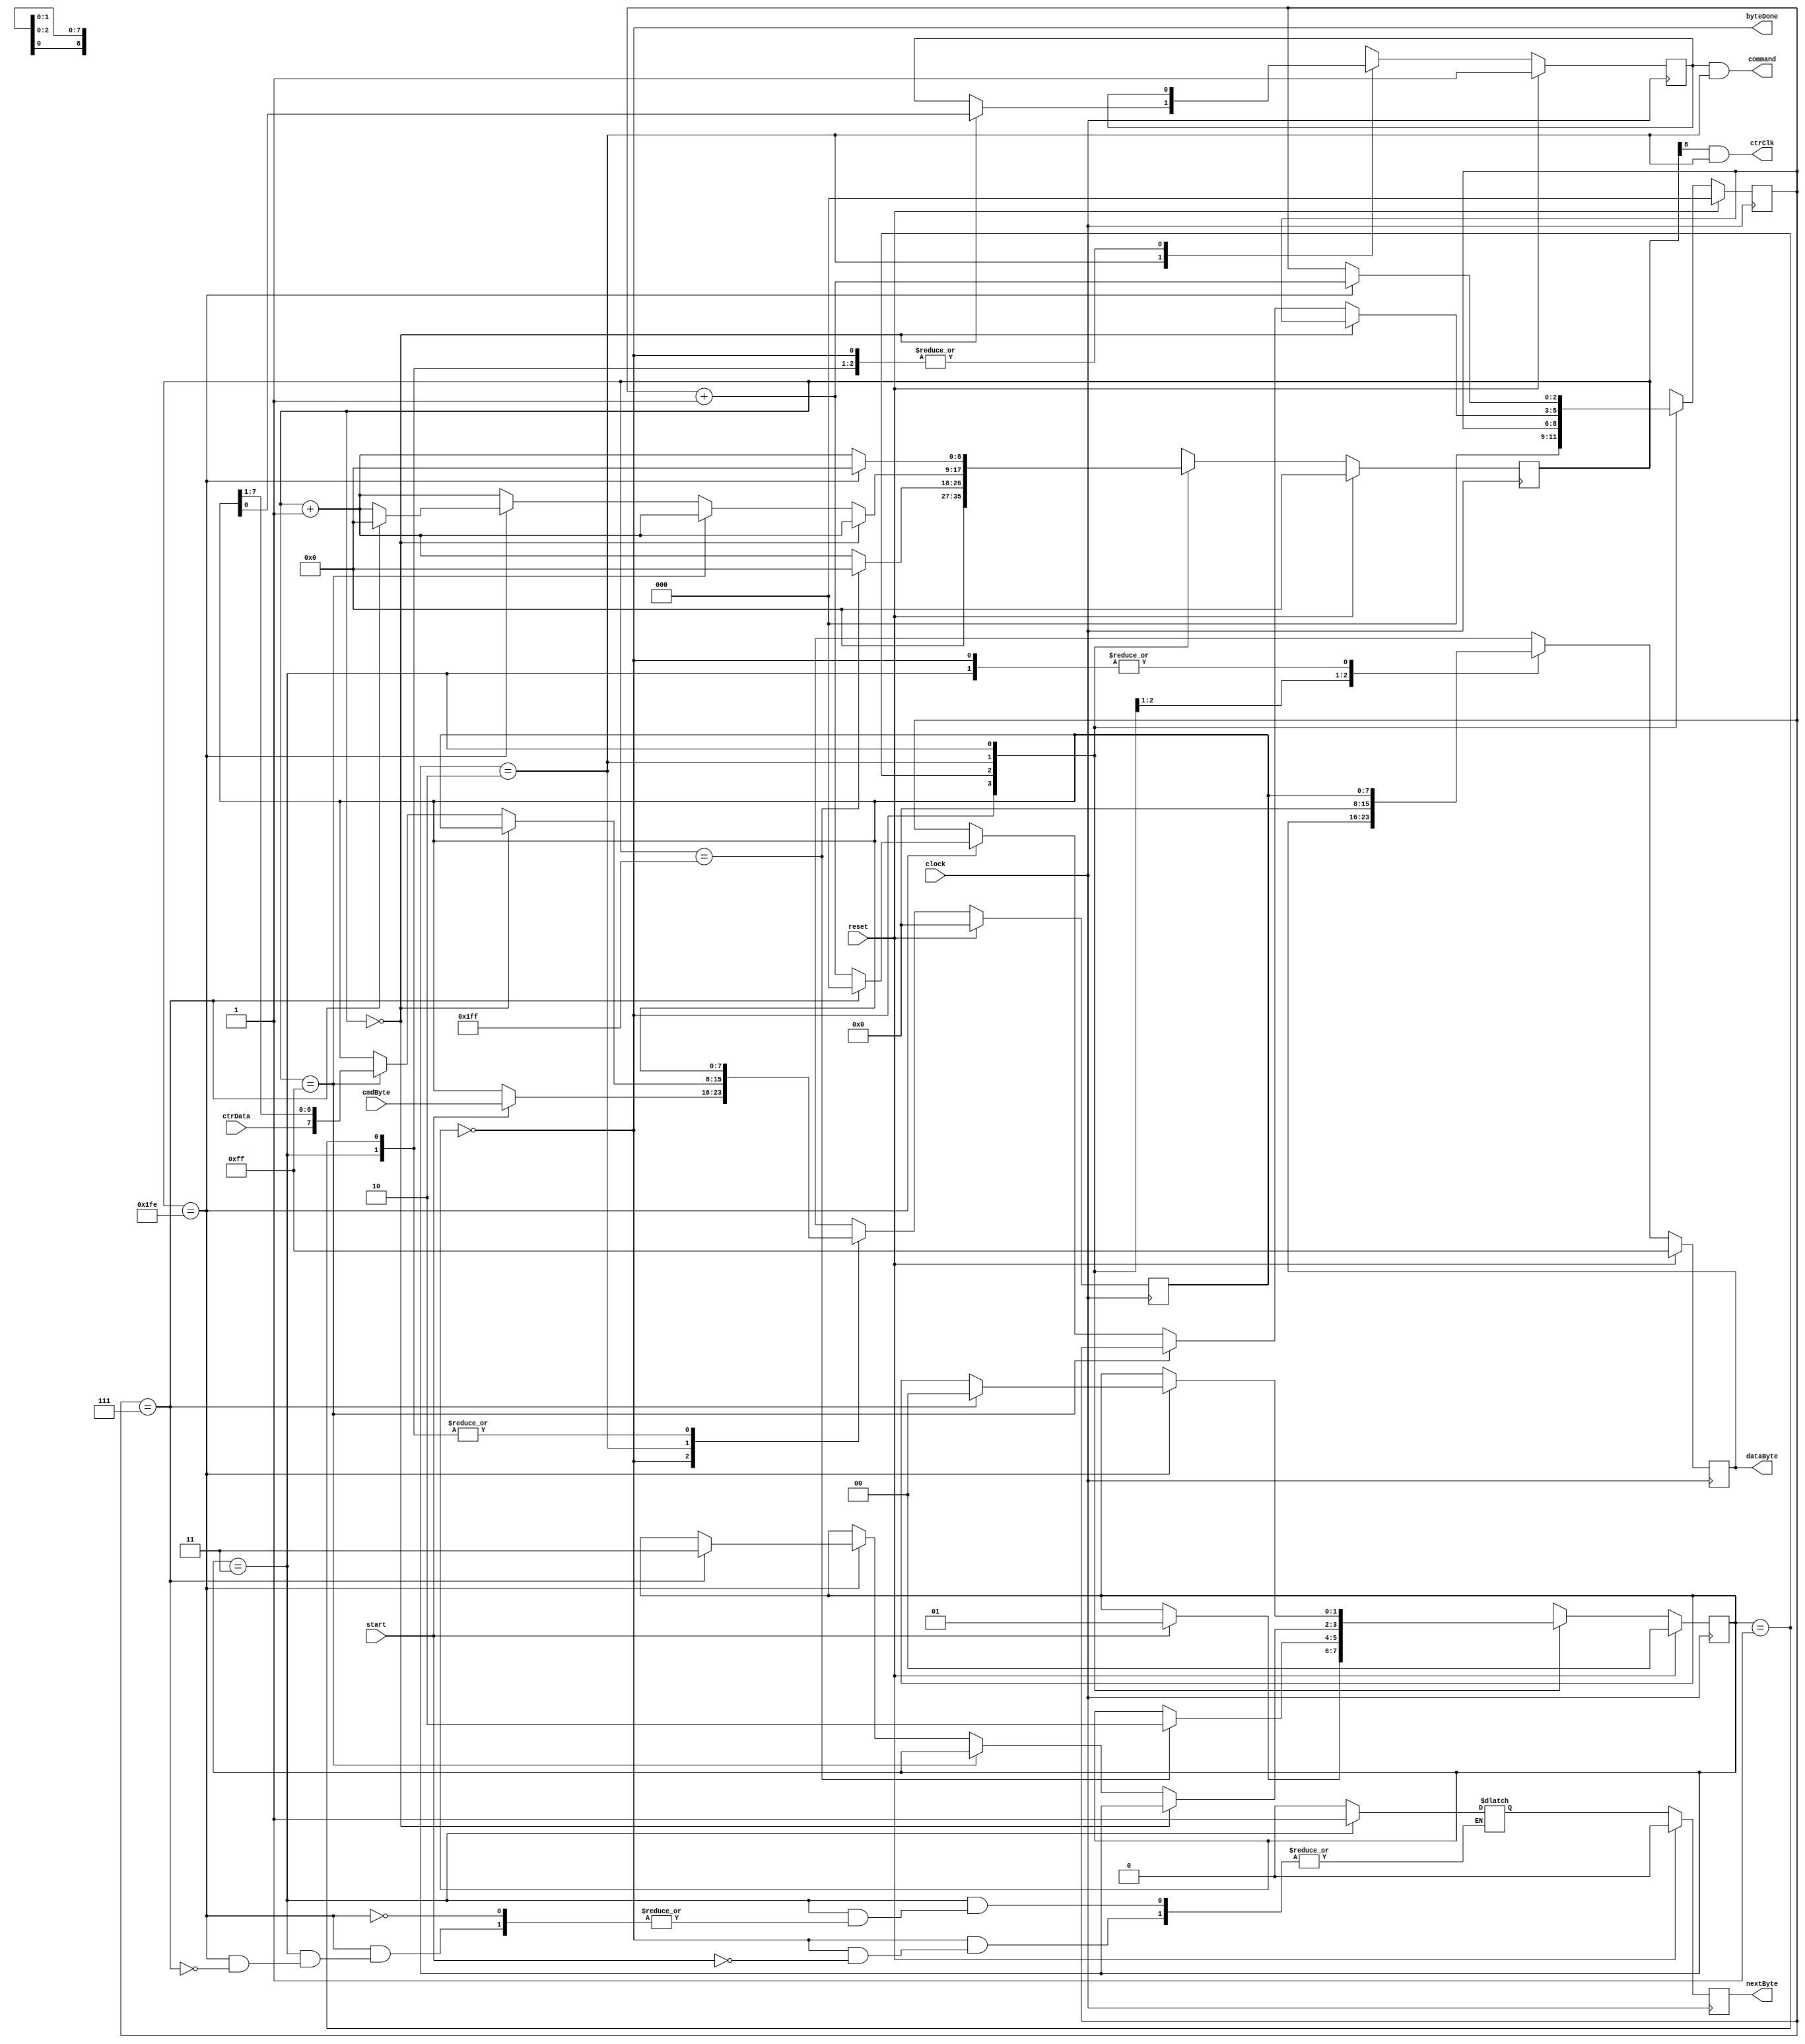
`timescale 1ns / 1ps

module ps2 #(parameter CLK_DIV = 9)(
	input  wire clock,          // input clock
	input  wire reset,          // reset of this state machine
	input  wire ctrData,        // wire from controller data
	output wire command,        // wire to controller cmd
	output wire ctrClk,         // wire to controller clock
	input  wire start,          // start signal
	input  wire [7:0] cmdByte,  // byte to output to controller cmd
	output wire [7:0] dataByte, // byte inputted through controller clock
	output wire byteDone,       // signals that the byte is done
	output wire nextByte        // ask for new data
);

	//define module parameters
	localparam STATE_SIZE = 2; //number of state registers
	//used states
	localparam IDLE     = 2'b00,
	           PAUSE    = 2'b01,
	           TRANSFER = 2'b10,
	           WAITACK  = 2'b11;

	// Register initializing
	reg [CLK_DIV-1:0] sclkNext, sclkNow;
	reg [STATE_SIZE-1:0] stateNext, stateNow;
	reg [7:0] dataByteNext, dataByteNow;
	reg [7:0] byteNext, byteNow;
	reg [2:0] counterNext, counterNow;
	reg nextByteNext, nextByteNow;
	reg cmdBitNext, cmdBitNow;

	// register assigned
	//assign ctrClk   = (sclkNow[CLK_DIV-1]) | (stateNow != TRANSFER);
	assign ctrClk   = (sclkNow[CLK_DIV-1]) && (stateNow == TRANSFER);
	assign byteDone = (stateNow == IDLE);
	assign command  = ( cmdBitNow && (stateNow == TRANSFER) );// | stateNow != TRANSFER;
	assign dataByte = dataByteNow;
	assign nextByte = nextByteNow;

	always @(*) begin
		sclkNext = sclkNow;
		byteNext = byteNow;
		cmdBitNext = cmdBitNow;
		counterNext = counterNow;
		dataByteNext = dataByteNow;
		stateNext = stateNow;

		case (stateNow)

			IDLE: begin
				sclkNext = 0;            // reset clock counter
				counterNext = 3'b000;    // reset bit counter
				dataByteNext = byteNow;

				if (start == 1'b1) begin // if start command
					byteNext = cmdByte;  // copy byte to send
					stateNext = PAUSE;   // change state
					nextByteNext = 1'b0;
				end
			end
			
			PAUSE: begin
				sclkNext = sclkNow + 1'b1;            // increment clock counter
				nextByteNext = 1'b0;
				if (sclkNow == {CLK_DIV{1'b1}}) begin // if clock is full (about to rise)
					sclkNext = 0;                     // reset to 0
					stateNext = TRANSFER;             // change state
				end
			end
			
			TRANSFER: begin
				sclkNext = sclkNow + 1'b1;  // increment clock counter
				nextByteNext = 1'b0;
				dataByteNext = 8'b00000000;

				if (sclkNow == 0) begin     // if clock counter is 0
					cmdBitNext = byteNow[0];  // output the LSB of data
				end else if (sclkNow == {{1'b0},{CLK_DIV-1{1'b1}}}) begin  // else if it's half full (about to rise)
					byteNext = {ctrData, byteNow[7:1]}; // read in data (shift in)

				end else if (sclkNow == {CLK_DIV{1'b1}}-1) begin  // else if it's full (about to fall) (minus one, so one before and not during)
					counterNext = counterNow + 1'b1;  // increment bit counter

					if (counterNow == 3'b111) begin // if we are on the last bit
						stateNext = WAITACK;  // change state
						sclkNext = 0;         // set it to half full (after rising)
						counterNext = 3'b000; // reset counter
					end
				end
			end

			WAITACK: begin
				sclkNext = sclkNow + 1'b1;  // increment clock counter
				dataByteNext = byteNow;

				if (sclkNow == {CLK_DIV{1'b1}}-1) begin // if it's full (about to fall) (minus one, so one before and not during)
					counterNext = counterNow + 1'b1;      // increment bit counter
					sclkNext = 0;

					if (counterNow == 3'b111) begin     // if we are on the last bit
						stateNext = IDLE;       // change state
						dataByteNext = byteNow; // output data byte
						nextByteNext = 1'b1;    // signal data is valid
					end
				end
			end

			default: begin
				stateNext = IDLE;
			end
		endcase
	end

	always @(posedge clock) begin
		if (reset) begin
			counterNow  <= 3'b000;
			byteNow     <= 8'b00000000;
			sclkNow     <= 0;
			cmdBitNow   <= 1'b1;
			stateNow    <= IDLE;
			dataByteNow <= 8'b11111111;
			nextByteNow <= 1'b0;

		end else begin
			counterNow  <= counterNext;
			byteNow     <= byteNext;
			sclkNow     <= sclkNext;
			cmdBitNow   <= cmdBitNext;
			stateNow    <= stateNext;
			dataByteNow <= dataByteNext;
			nextByteNow <= nextByteNext;

		end
	end

endmodule